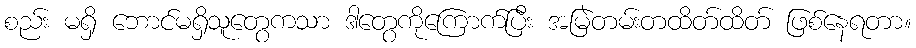
စည်း မရှိ ဘောင်မရှိသူတွေကသာ ဒါတွေကိုကြောက်ပြီး အမြဲတမ်းတထိတ်ထိတ် ဖြစ်နေရတာ။